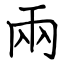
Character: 兩